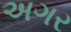
અગર